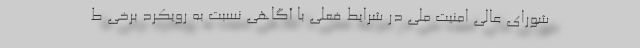
شورای عالی امنیت ملی در شرایط فعلی با آگاهی نسبت به رویکرد برخی ط